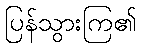
ပြန်သွားကြ၏